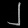
Digit: ၂